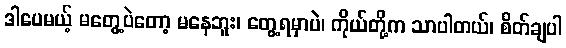
ဒါပေမယ့် မတွေ့ပဲတော့ မနေဘူး၊ တွေ့ရမှာပဲ၊ ကိုယ်တို့က သာပါတယ်၊ စိတ်ချပါ